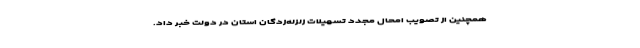
همچنین از تصویب امحال مجدد تسهیلات زلزله‌زدگان استان در دولت خبر داد.